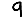
Digit: 9